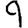
Digit: 9